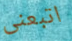
اتبعنى